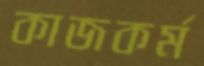
কাজকর্ম